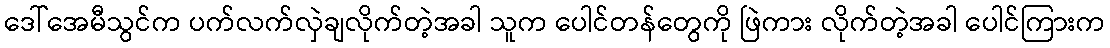
ဒေါ်အေမီသွင်က ပက်လက်လှဲချလိုက်တဲ့အခါ သူက ပေါင်တန်တွေကို ဖြဲကား လိုက်တဲ့အခါ ပေါင်ကြားက